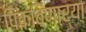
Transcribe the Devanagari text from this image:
पिकविणार्‍या